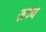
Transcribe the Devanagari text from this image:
ज़ज्ब